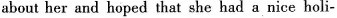
about her and hoped that she had a nice holi-